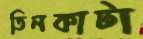
তিনকাটা